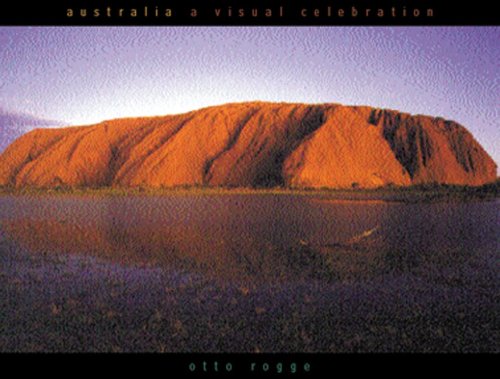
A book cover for Australia a Visual Celebration; Otto Rogge; Biographies & Memoirs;